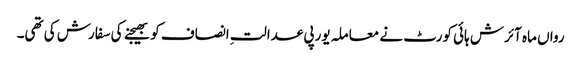
رواں ماہ آئرش ہائی کورٹ نے معاملہ یورپی عدالتِ انصاف کو بھیجنے کی سفارش کی تھی۔